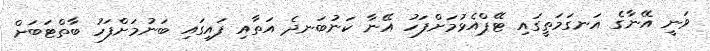
ވަނީ އޭނާގެ އަނގަމަތީގައި ޓޭޕްއެޅުމަށްފަހު އޭނާ ކަނުބަނދެ އަތާއި ފައިގައި ބަނުމަށްފަހު ބާތްޓަބަށް